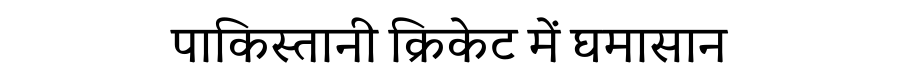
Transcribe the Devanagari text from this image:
पाकिस्तानी क्रिकेट में घमासान